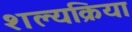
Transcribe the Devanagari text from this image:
शल्‍यक्रिया